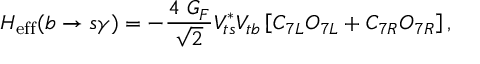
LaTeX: H _ { \mathrm { e f f } } ( b \to s \gamma ) = - { \frac { 4 ~ G _ { F } } { \sqrt { 2 } } } V _ { t s } ^ { * } V _ { t b } \left[ C _ { 7 L } O _ { 7 L } + C _ { 7 R } O _ { 7 R } \right] ,